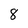
Character: 8